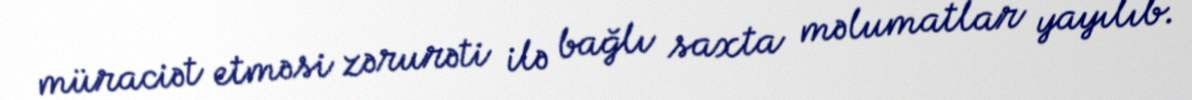
müraciət etməsi zərurəti ilə bağlı saxta məlumatlar yayılıb.